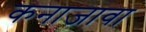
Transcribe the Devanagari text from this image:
कनाजावा